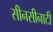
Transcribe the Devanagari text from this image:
सीनसीनाटी